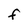
Character: f